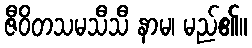
ဇီဝိတသမသီသီ နာမ၊ မည်၏။